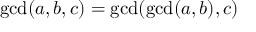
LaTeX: \operatorname* { g c d } ( a , b , c ) = \operatorname* { g c d } ( \operatorname* { g c d } ( a , b ) , c )